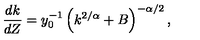
\frac { d k } { d Z } = y _ { 0 } ^ { - 1 } \left( k ^ { 2 / \alpha } + B \right) ^ { - \alpha / 2 } ,